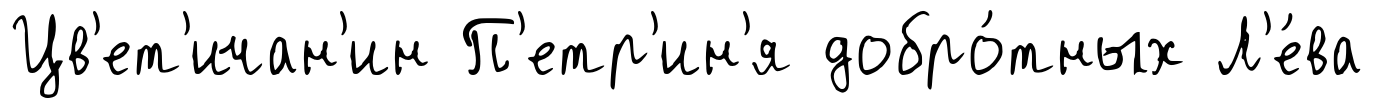
Цв'ет'ичан'ин П'етр'ин'я добро́тных Л'е́ва